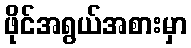
ဖိုင်အရွယ်အစားမှာ